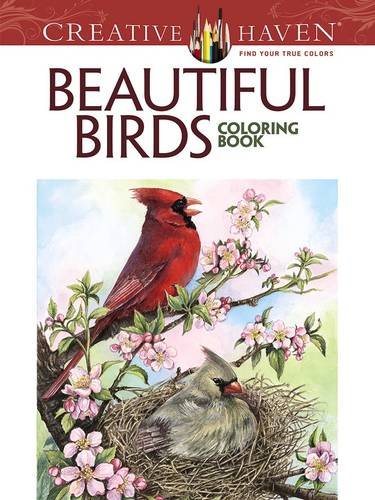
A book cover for Creative Haven Beautiful Birds Coloring Book (Creative Haven Coloring Books); Dot Barlowe; Science & Math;